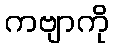
ကဗျာကို